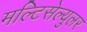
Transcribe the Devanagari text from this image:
मल्टिसेल्युलर